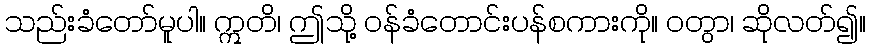
သည်းခံတော်မူပါ။ ဣတိ၊ ဤသို့ ဝန်ခံတောင်းပန်စကားကို။ ဝတွာ၊ ဆိုလတ်၍။